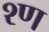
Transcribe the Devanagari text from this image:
श्ण